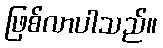
ဖြစ်လာပါသည်။